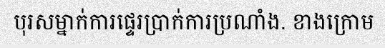
បុរសម្នាក់ការផ្ទេរប្រាក់ការប្រណាំង. ខាងក្រោម